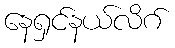
နေရှင်နယ်လိဂ်